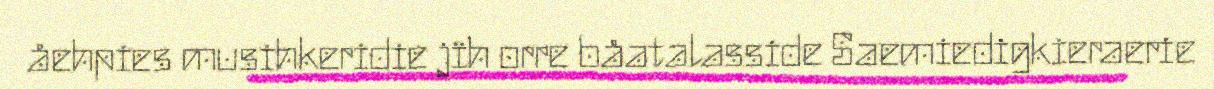
åehpies musihkeridie jïh orre båatalasside Saemiedigkieraerie